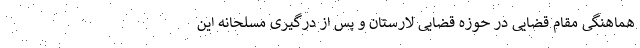
هماهنگی مقام قضایی در حوزه قضایی لارستان و پس از درگیری مسلحانه این